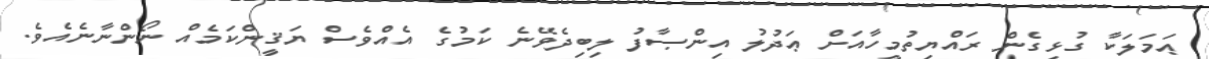
ޢަމަލަކާ ގުޅިގެން ރައްޔިތުމީހާއަށް ޢަދުލު އިންޞާފު ލިބިދެވޭނެ ކަމުގެ އެއްވެސް ޔަޤީންކަމެއް ނޯންނާނެއެވެ.